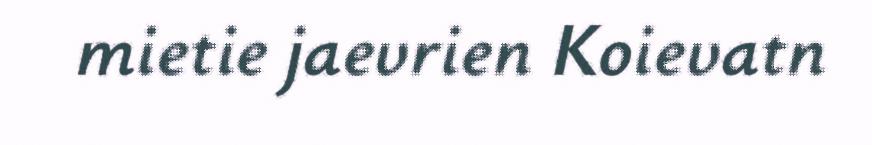
mietie jaevrien Koievatn